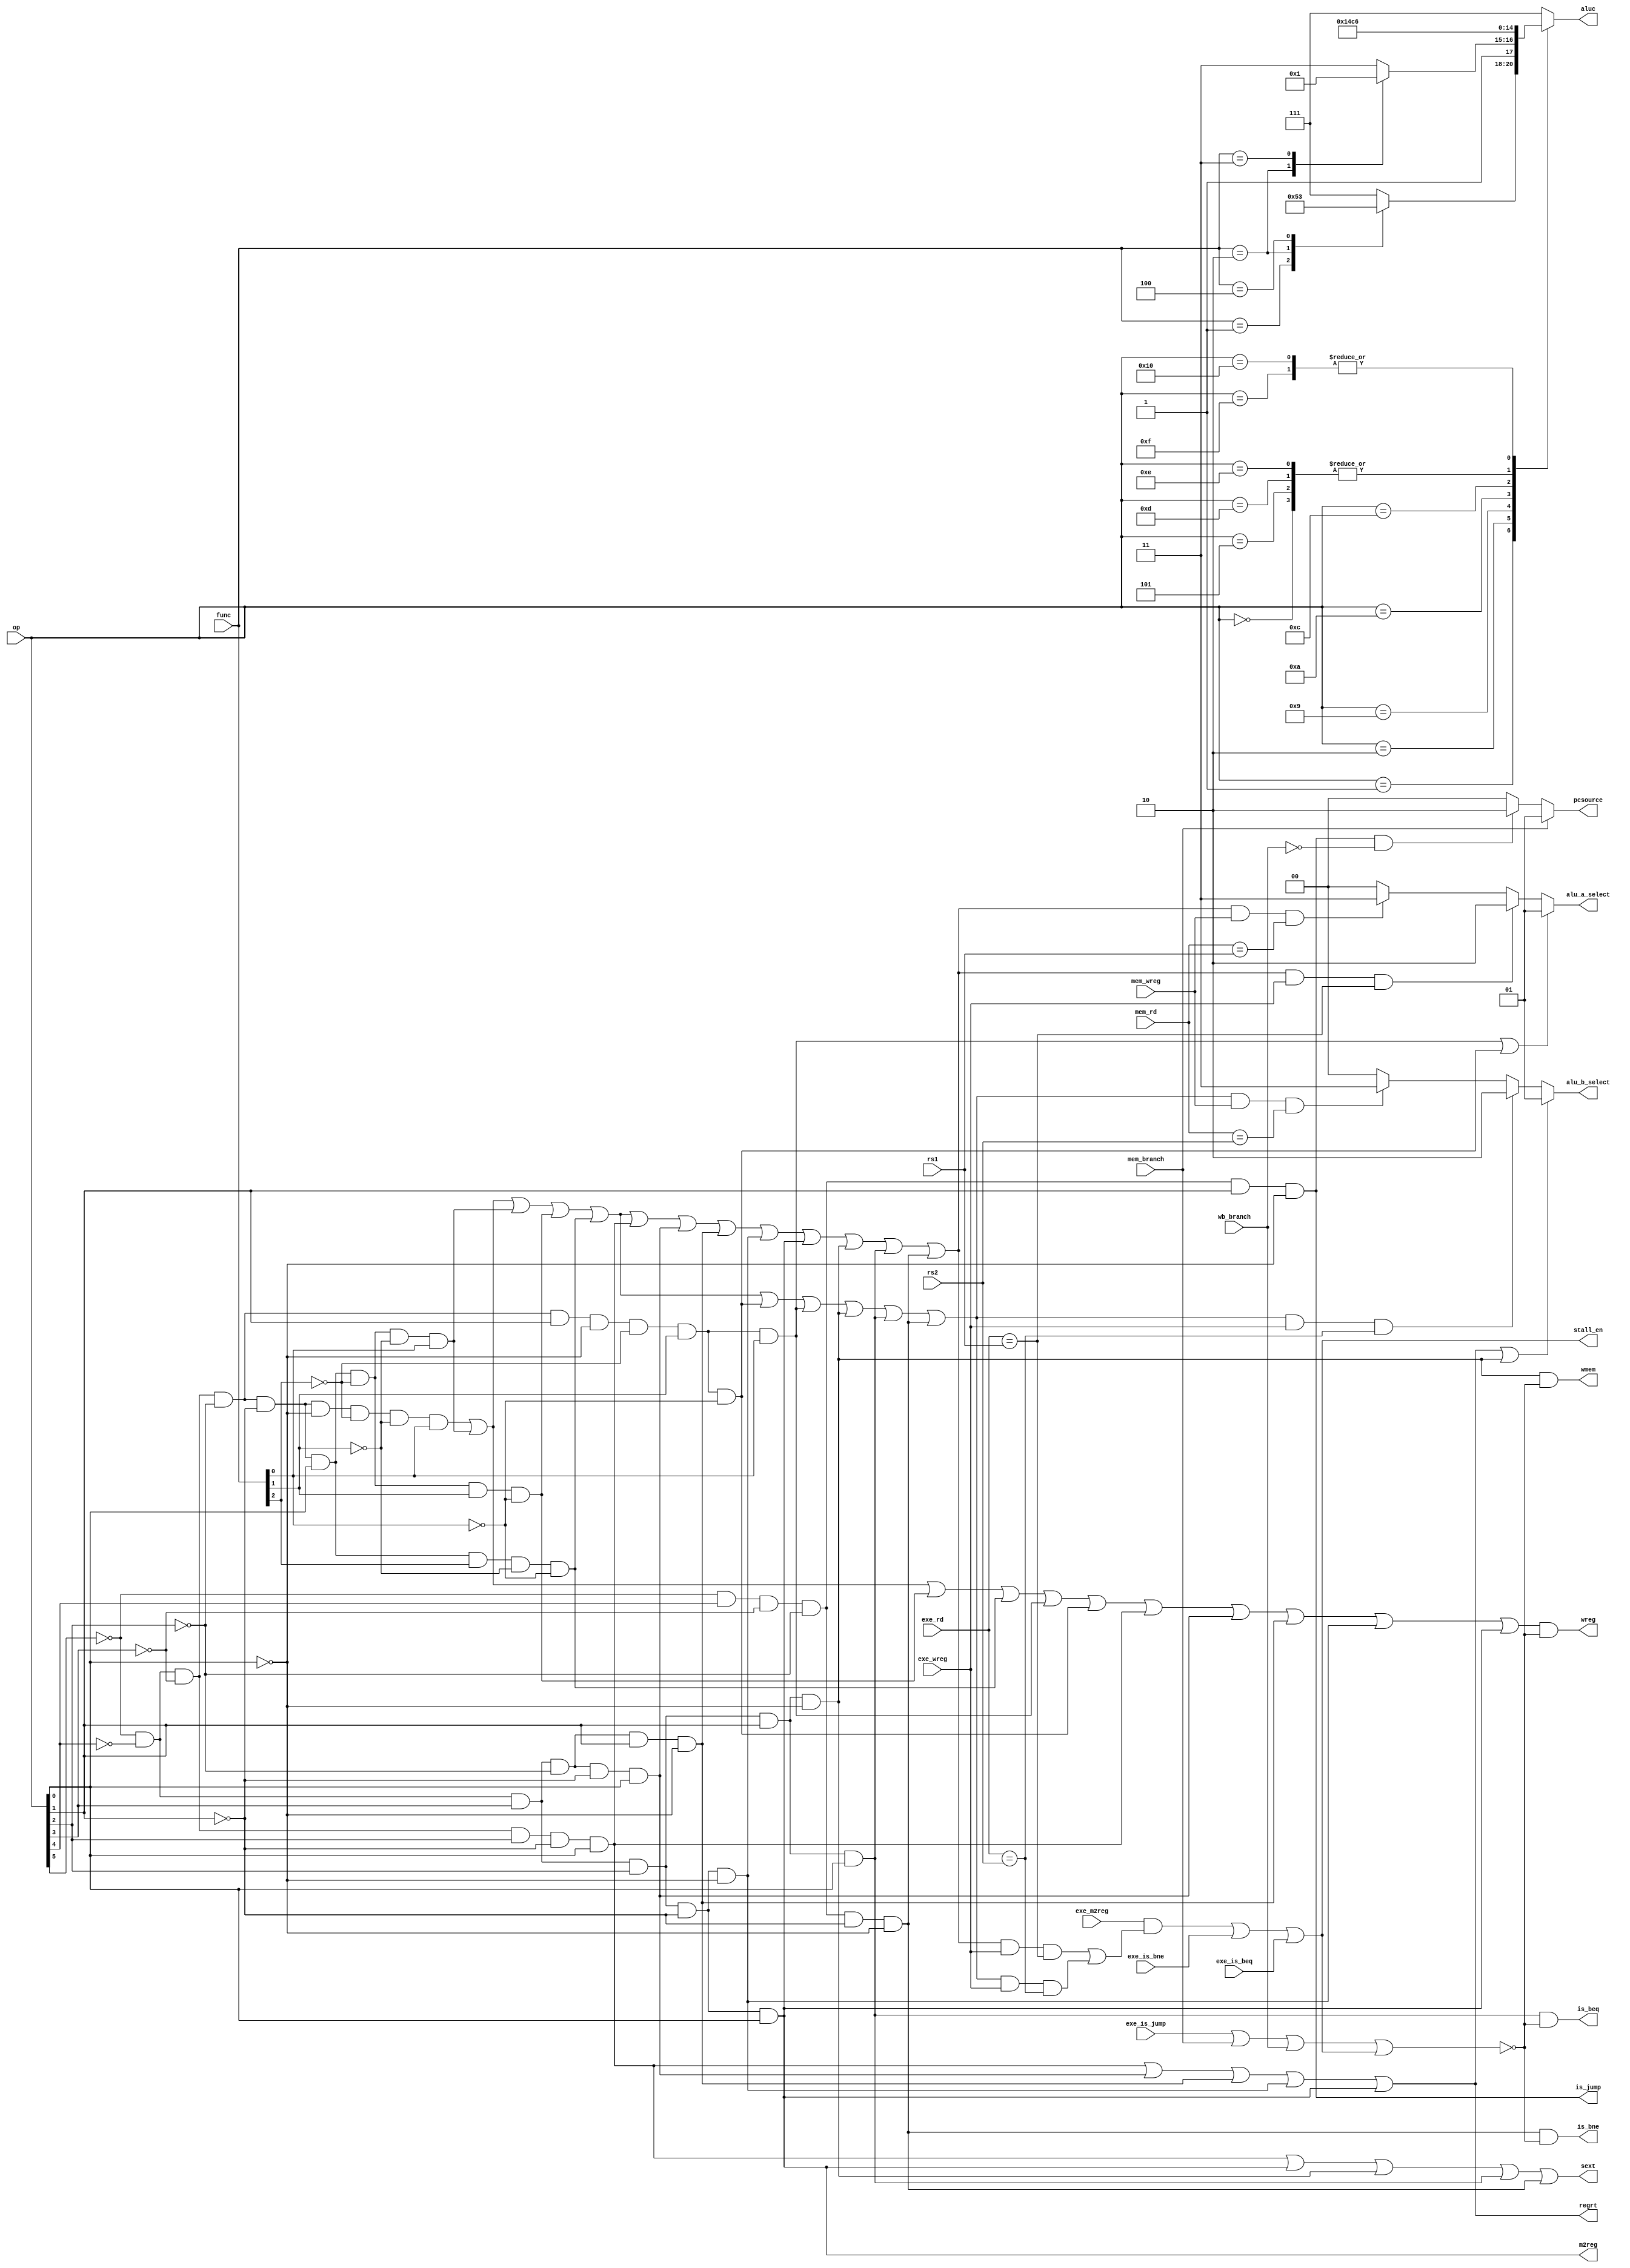
`timescale 1ns / 1ps
//////////////////////////////////////////////////////////////////////////////////
// Company:
// Engineer:
//
// Design Name:
// Module Name:    Control_Unit
// Project Name:
// Target Devices:
// Tool versions:
// Description:
//
// Dependencies:
//
// Revision:
// Revision 0.01 - File Created
// Additional Comments:
//
//////////////////////////////////////////////////////////////////////////////////
module Control_Unit(func,
                    op,wreg,m2reg,wmem,aluc,regrt,
                    rs1, rs2, // rs, st
                    mem_rd, mem_wreg,
                    exe_rd, exe_wreg,
                    exe_m2reg,
                    exe_is_jump,
                    exe_is_beq,
                    exe_is_bne,
                    mem_branch,
                    wb_branch,
                    stall_en,
                    alu_a_select, alu_b_select,
                    sext,pcsource,
                    is_jump, is_beq, is_bne
                   );
input [5:0] func,op;		//

//  stall 
input wire [4:0] rs1, rs2; // 
input wire [4:0] exe_rd; // wb
input wire [4:0] mem_rd; // mem
input wire exe_wreg, mem_wreg; // 
input wire exe_m2reg;
input wire exe_is_jump, exe_is_beq, exe_is_bne;

 // mem , wb 
input wire mem_branch,wb_branch;

output wire stall_en;
output wire [1:0] alu_a_select, alu_b_select;
output wreg,m2reg,wmem,regrt,sext;
output reg [2:0] aluc;		//ALU
output wire [1:0] pcsource;		//PC
output is_jump, is_bne, is_beq; // 

wire i_add,i_and,i_or,i_xor,i_sll,i_srl;            //
wire i_addi,i_andi,i_ori,i_xori;		//
wire i_lw,i_sw;		//
wire i_beq,i_bne;		//branch
wire i_j;		//jump

/////////////////////////////////////////////////////////////////////////////////////////////////////
and(i_add,~op[5],~op[4],~op[3],~op[2],~op[1],~op[0],~func[2],~func[1],func[0]);		//add
and(i_and,~op[5],~op[4],~op[3],~op[2],~op[1],op[0],~func[2],~func[1],func[0]);		//and
and(i_or,~op[5],~op[4],~op[3],~op[2],~op[1],op[0],~func[2],func[1],~func[0]);		//or
and(i_xor,~op[5],~op[4],~op[3],~op[2],~op[1],op[0],func[2],~func[1],~func[0]);		//xor

and(i_srl,~op[5],~op[4],~op[3],~op[2],op[1],~op[0],~func[2],func[1],~func[0]);		//srl
and(i_sll,~op[5],~op[4],~op[3],~op[2],op[1],~op[0],~func[2],func[1],func[0]);		//sll

and(i_addi,~op[5],~op[4],~op[3],op[2],~op[1],op[0]);		//addi
and(i_andi,~op[5],~op[4],op[3],~op[2],~op[1],op[0]);		//andi
and(i_ori,~op[5],~op[4],op[3],~op[2],op[1],~op[0]);		//ori
and(i_xori,~op[5],~op[4],op[3],op[2],~op[1],~op[0]);		//xori

and(i_lw,~op[5],~op[4],op[3],op[2],~op[1],op[0]);		//load
and(i_sw,~op[5],~op[4],op[3],op[2],op[1],~op[0]);		//store

and(i_beq,~op[5],~op[4],op[3],op[2],op[1],op[0]);		//beq
and(i_bne,~op[5],op[4],~op[3],~op[2],~op[1],~op[0]);		//bne

and(i_j,~op[5],op[4],~op[3],~op[2],op[1],~op[0]);		//jump

// rs1, rs2 
wire rs1_is_reg = i_add|i_and|i_and|i_or|i_xor|i_addi|i_andi|i_ori|i_xori|i_lw|i_sw|i_beq|i_bne;
wire rs2_is_reg = i_add|i_and|i_and|i_or|i_xor|i_srl|i_sll|i_sw|i_beq|i_bne;
wire shift=i_sll|i_srl;//ALUa1ALUainst[19:15]
wire aluimm=i_addi|i_andi|i_ori|i_xori|i_lw|i_sw;//ALUb1ALUb

// exe  load 
//  exe  beq/bnq 
assign stall_en = (exe_m2reg & ((rs1_is_reg & exe_wreg & (exe_rd == rs1)) | (rs2_is_reg & exe_wreg & (exe_rd == rs2))))
       | exe_is_bne | exe_is_beq;

// 
// exe  jump,, mem/wbbranch
wire discard_w =  exe_is_jump | mem_branch | wb_branch | stall_en; 

// mem ,pcsource 
// jump,wb,,jump
assign pcsource = (mem_branch ? 2'b01 :
                   (i_j&(~wb_branch) ? 2'b10 :
                    2'b00
                   ));

assign is_jump = i_j;

//  branch 
assign is_beq = i_beq&(~discard_w);
assign is_bne = i_bne&(~discard_w);

/////////////////////////////////////////////////////////////////////////////////////////////////////
assign wreg=(i_add|i_and|i_or|i_xor|i_sll|i_srl|i_addi|i_andi|i_ori|i_xori|i_lw) & (~discard_w)  ;		//
assign regrt=i_addi|i_andi|i_ori|i_xori|i_lw;    //regrt1rtrd
assign m2reg=i_lw;  //1ALU
assign sext=i_addi|i_lw|i_sw|i_beq|i_bne;//1
assign wmem=i_sw&(~discard_w);//1


/*
mem  wb  mem 
 mem 
 
!! ID  mem  exe 

*/
assign alu_a_select = (shift? 2'b01:
                       (rs1_is_reg && exe_wreg && (exe_rd == rs1) ? 2'b10 :
                        (rs1_is_reg && mem_wreg && (mem_rd == rs1) ? 2'b11 :
                         2'b00
                        )));

assign alu_b_select = (aluimm? 2'b01:
                       (rs2_is_reg && exe_wreg && (exe_rd == rs2) ? 2'b10 :
                        (rs2_is_reg && mem_wreg && (mem_rd == rs2) ? 2'b11 :
                         2'b00
                        )));

always @(op or func)
case (op)
    6'b000000: begin
        aluc<=3'b000;
    end		//+;
    6'b000001:
    case (func[5:0])
        6'b000001: begin
            aluc<=3'b001;
        end		//and;
        6'b000010: begin
            aluc<=3'b010;
        end		//or;
        6'b000100: begin
            aluc<=3'b011;
        end		//xor;
        default: begin
            aluc<=3'b111;
        end
    endcase
    6'b000010:
    case (func[5:0])
        6'b000010: begin
            aluc<=3'b100;
        end		//srl;
        6'b000011: begin
            aluc<=3'b101;
        end		//sll;
        default: begin
            aluc<=3'b111;
        end
    endcase
    6'b000101: begin
        aluc<=3'b000;
    end		//addi;
    6'b001001: begin
        aluc<=3'b001;
    end		//andi;
    6'b001010: begin
        aluc<=3'b010;
    end		//ori;
    6'b001100: begin
        aluc<=3'b011;
    end		//xori;
    6'b001101: begin
        aluc<=3'b000;
    end
    6'b001110: begin
        aluc<=3'b000;
    end
    6'b001111: begin
        aluc<=3'b110;        
    end
    6'b010000: begin
        aluc<=3'b110;
    end
    6'b010010: begin
        aluc<=3'b111;
    end
    default: begin
        aluc<=3'b111;
    end
endcase

endmodule